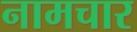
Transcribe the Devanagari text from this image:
नामचार